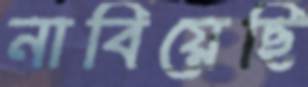
নাবিয়েছি